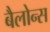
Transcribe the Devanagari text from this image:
बैलोन्स